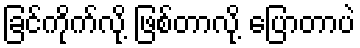
ခြင်ကိုက်လို့ ဖြစ်တာလို့ ပြောတာပဲ